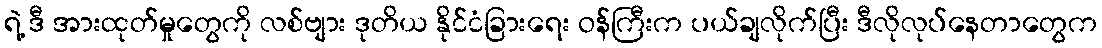
ရဲ့ ဒီ အားထုတ်မှုတွေကို လစ်ဗျား ဒုတိယ နိုင်ငံခြားရေး ဝန်ကြီးက ပယ်ချလိုက်ပြီး ဒီလိုလုပ်နေတာတွေက